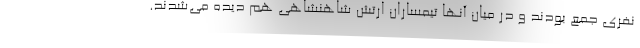
نفری جمع بودند و در میان آنها تیمساران ارتش شاهنشاهی هم دیده می‌شدند.